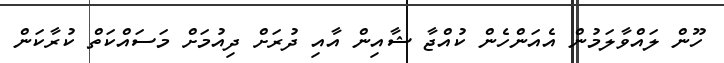
ހޫން ލައްވާލަމުން އެއަންހެން ކުއްޖާ ޝާއިން އާއި ދުރަށް ދިއުމަށް މަސައްކަތް ކުރާކަން